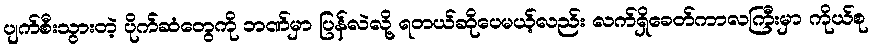
ပျက်စီးသွားတဲ့ ပိုက်ဆံတွေကို ဘဏ်မှာ ပြန်လဲလို့ ရတယ်ဆိုပေမယ့်လည်း လက်ရှိခေတ်ကာလကြီးမှာ ကိုယ်စု